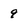
Character: 9